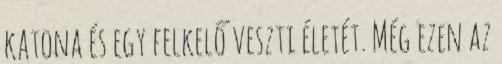
katona és egy felkelő veszti életét. Még ezen az